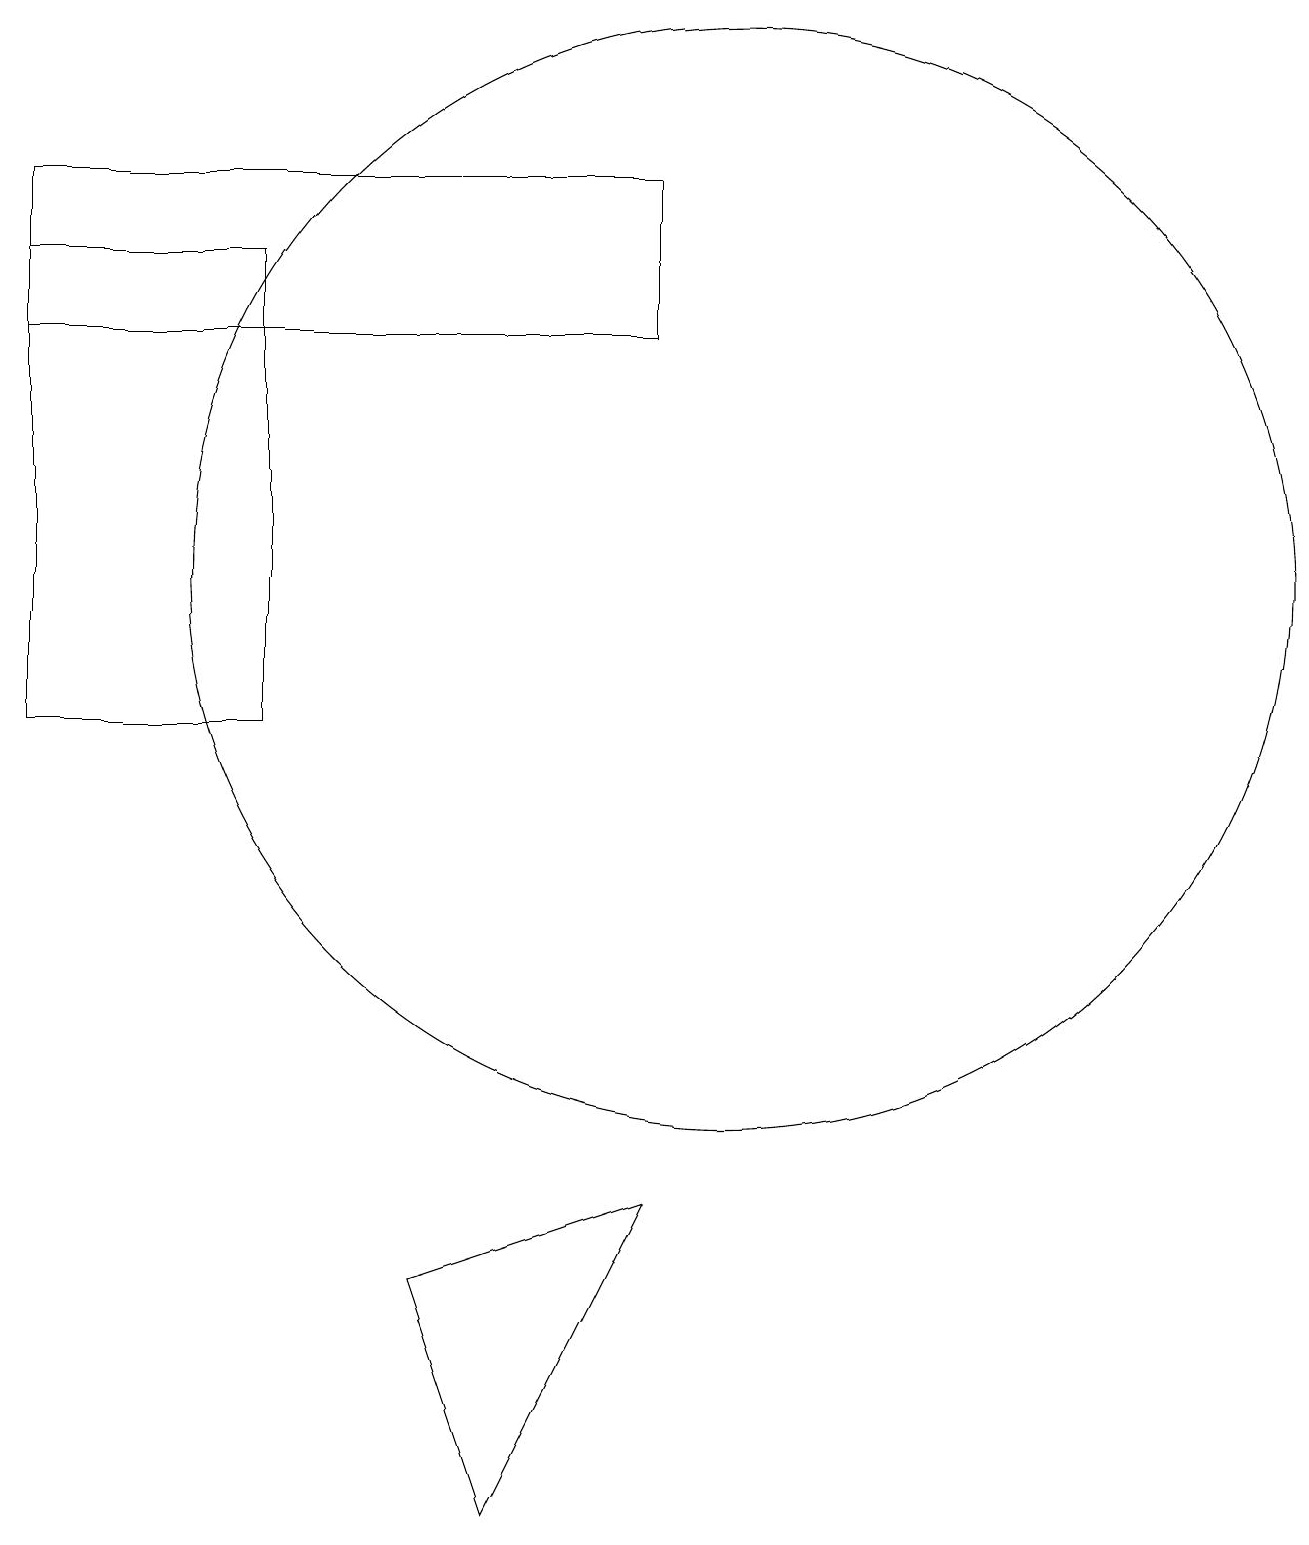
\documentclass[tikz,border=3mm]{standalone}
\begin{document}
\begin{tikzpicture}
\draw (10,12) circle (7);
\draw (1,15) rectangle (9,17);
\draw (9,4) -- (7,0) -- (6,3) -- cycle;
\draw (4,10) rectangle (1,16);
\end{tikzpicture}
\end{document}